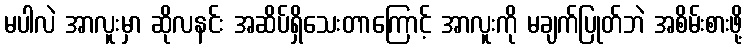
မပါလဲ အာလူးမှာ ဆိုလနင်း အဆိပ်ရှိသေးတာကြောင့် အာလူးကို မချက်ပြုတ်ဘဲ အစိမ်းစားဖို့